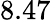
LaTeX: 8.47